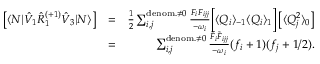
\begin{array} { r l r } { \left[ \langle N | \hat { V } _ { 1 } \hat { R } _ { 1 } ^ { ( + 1 ) } \hat { V } _ { 3 } | N \rangle \right] } & { = } & { \frac { 1 } { 2 } \sum _ { i , j } ^ { \mathrm { d e n o m . } \neq 0 } \frac { F _ { i } F _ { i j j } } { - \omega _ { i } } \Big [ \langle Q _ { i } \rangle _ { - 1 } \langle Q _ { i } \rangle _ { 1 } \Big ] \left[ \langle Q _ { j } ^ { 2 } \rangle _ { 0 } \right] } \\ & { = } & { \sum _ { i , j } ^ { \mathrm { d e n o m . } \neq 0 } \frac { \tilde { F } _ { i } \tilde { F } _ { i j j } } { - \omega _ { i } } ( f _ { i } + 1 ) ( f _ { j } + 1 / 2 ) . } \end{array}